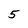
Character: 5